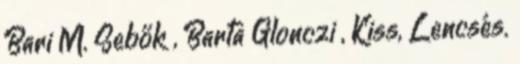
Bari M. Sebők , Barta Glonczi , Kiss, Lencsés.